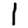
Digit: 1